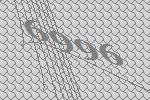
6996